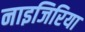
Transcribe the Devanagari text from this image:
नाइजिरिया